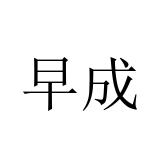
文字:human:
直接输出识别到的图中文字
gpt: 早成